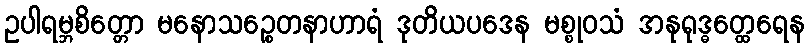
ဥပါရမ္ဘစိတ္တော မနောသဉ္စေတနာဟာရံ ဒုတိယပဒေန မစ္စုဝသံ အနုရုဒ္ဓတ္ထေရေန